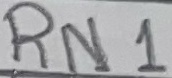
Text: RN1